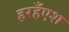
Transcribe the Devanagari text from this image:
हरहँएश